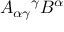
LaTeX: A _ { \alpha \gamma } { } ^ { \gamma } B ^ { \alpha }